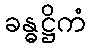
ခန္ဓဋ္ဌိကံ